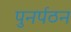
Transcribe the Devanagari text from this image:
पुनर्पठन